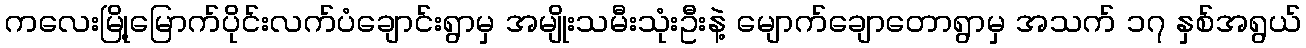
ကလေးမြို့မြောက်ပိုင်းလက်ပံချောင်းရွာမှ အမျိုးသမီးသုံးဦးနဲ့ မျောက်ချောတောရွာမှ အသက် ၁၇ နှစ်အရွယ်